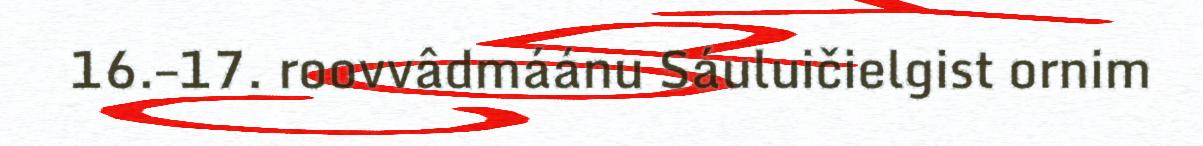
16.–17. roovvâdmáánu Sáuluičielgist ornim